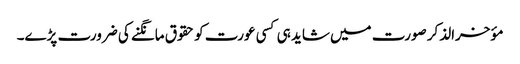
مؤخرالذکر صورت میں شاید ہی کسی عورت کو حقوق مانگنے کی ضرورت پڑے۔